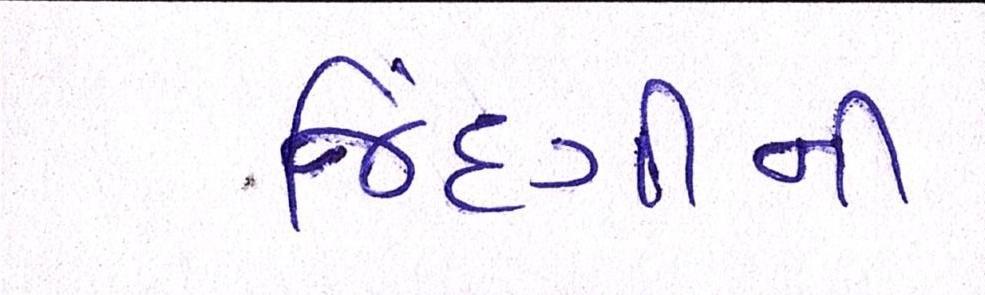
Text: જિંદગીની